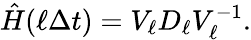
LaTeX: \hat{H}(\ell\Delta t)=V_{\ell}D_{\ell}V_{\ell}^{-1}.